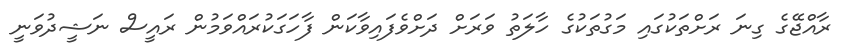
ރާއްޖޭގެ ގިނަ ރަށްތަކުގައި މަގުތަކުގެ ހާލަތު ވަރަށް ދަށްވެފައިވާކަން ފާހަގަކުރައްވަމުން ރައީސް ނަޝީދުވަނީ